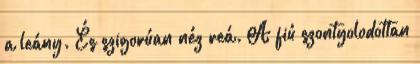
a leány. És szigorúan néz reá. A fiú szontyolodottan